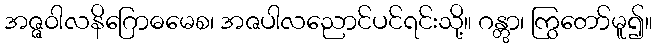
အဇ္ဇဝါလနိဂြောဓမေစ၊ အဇပါလညောင်ပင်ရင်းသို့။ ဂန္တွာ၊ ကြွတော်မူ၍။